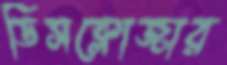
ডিসক্লোজার